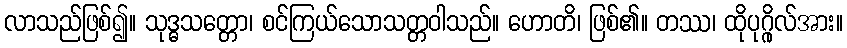
လာသည်ဖြစ်၍။ သုဒ္ဓသတ္တော၊ စင်ကြယ်သောသတ္တဝါသည်။ ဟောတိ၊ ဖြစ်၏။ တဿ၊ ထိုပုဂ္ဂိုလ်အား။